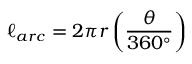
\ell _ { a r c } = 2 \pi r \left( { \frac { \theta } { 3 6 0 ^ { \circ } } } \right)